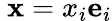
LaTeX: \ \mathbf{x}=x_{i}\mathbf{e}_{i}